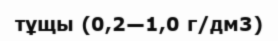
тұщы (0,2—1,0 г/дм3)